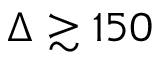
\Delta \gtrsim 1 5 0